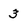
Character: 3